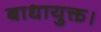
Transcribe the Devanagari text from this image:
बाधायुक्त।